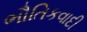
ભૌતિકવાદી